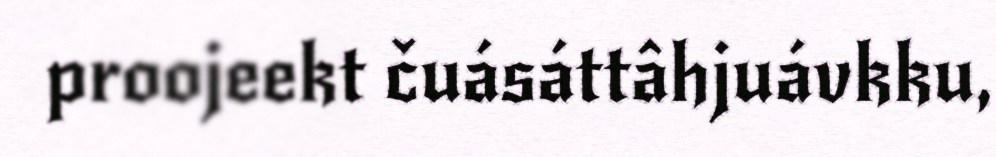
proojeekt čuásáttâhjuávkku,